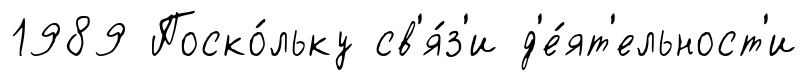
1989 Поско́льку св'я́з'и д'е́ят'ельност'и